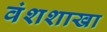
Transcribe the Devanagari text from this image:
वंशशाखा